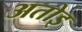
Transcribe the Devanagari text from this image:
अतोइ